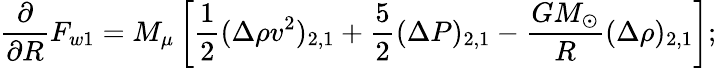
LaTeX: \frac{\partial}{\partial R}F_{w1}=M_{\mu}\left[\frac{1}{2}(\Delta\rho v^{2})_{2,1}+\frac{5}{2}(\Delta P)_{2,1}-\frac{GM_{\odot}}{R}(\Delta\rho)_{2,1}\right];